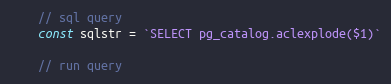
Language: Go
	// sql query
	const sqlstr = `SELECT pg_catalog.aclexplode($1)`

	// run query